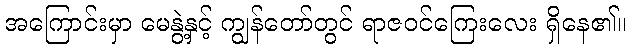
အကြောင်းမှာ မေနွဲ့နှင့် ကျွန်တော်တွင် ရာဇဝင်ကြေးလေး ရှိနေ၏။